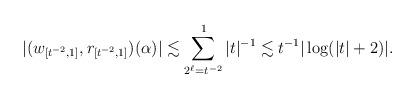
LaTeX: \begin{align*}|(w_{[t^{-2},1]},r_{[t^{-2},1]})(\alpha)| \lesssim \sum_{2^\ell = t^{-2}}^1 |t|^{-1} \lesssim t^{-1} |\log (|t|+2)|.\end{align*}